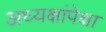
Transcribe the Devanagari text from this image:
अध्यक्षांपेक्षा